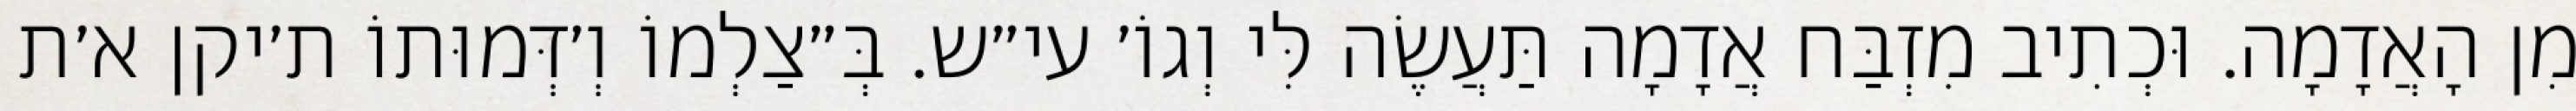
מִן הָאֲדָמָה. וּכְתִיב מִזְבַּח אֲדָמָה תַּעֲשֶׂה לִּי וְגוֹ׳ עי״ש. בְּ״צַלְמוֹ וְ׳דְּמוּתוֹ ת׳יקן א׳ת